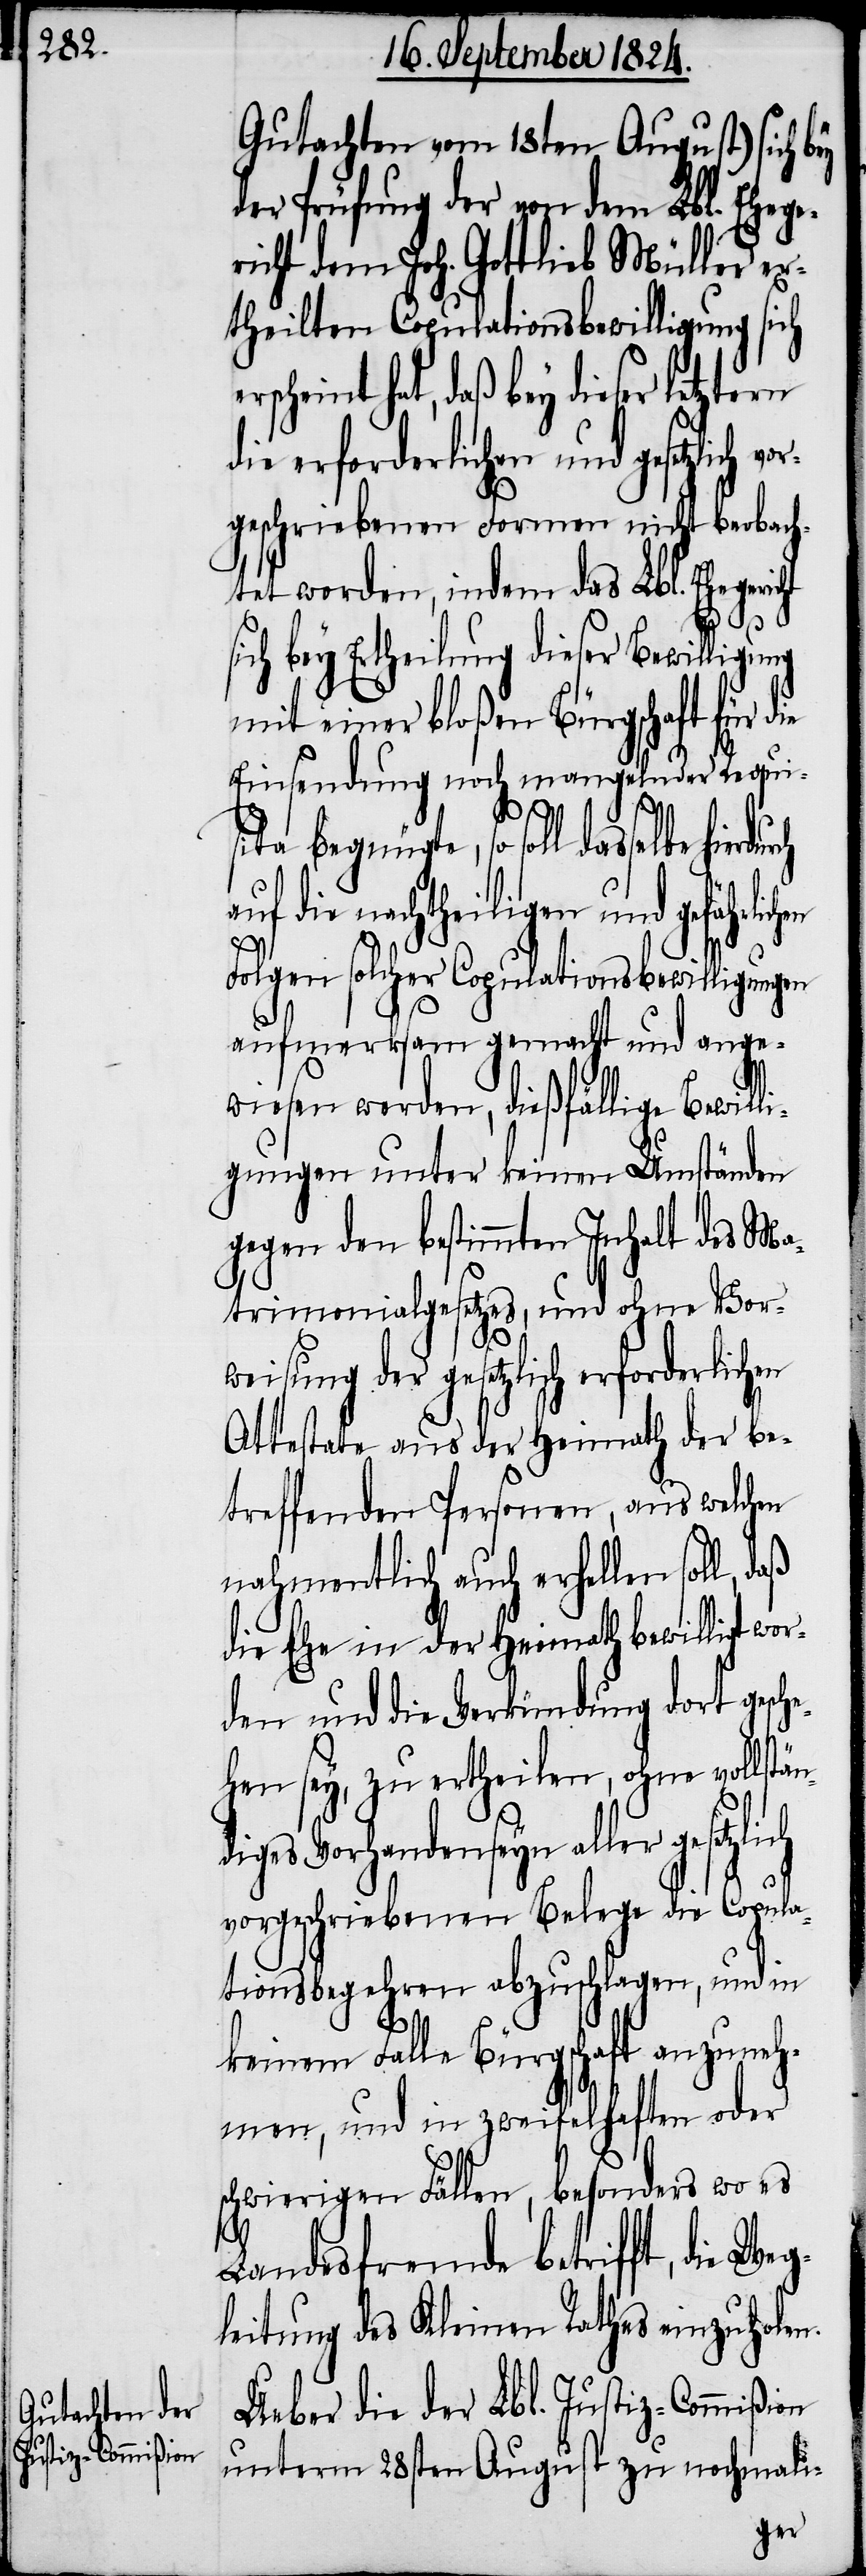
Gutachten vom 18ten August) sich
der Prüfung der von dem Lbl. Ehe¬
icht dem Joh. Gottlieb Müller er¬
theilten Copulationsbewilligung sich
cheint hat, daß bey dieser letztern
die erforderlichen und gesetzlich
geschriebenen Formen nicht beobach¬
tet werden, indem das Lbl. Ehegeric¬
s¬
ich bey Ertheilung dieser Bewilligung
mit einer bloßen Bürgschaft für
Einsendung noch mangelnder Requis¬
ita begnügte, so soll dasselbe
auf die nachtheiligen und gefährlichen
Folgen solcher Copulationsbewilligungen
aufmerksam gemacht und ange¬
wiesen werden, dießfällige Bewill¬
igungen unter keinen Umständen
gegen den bestimmten Inhalt des Ma¬
trimonialgesetzes, und ohne Vor¬
weisung der gesetzlich erforderli¬
Attestate aus der Heimath der be¬
treffenden Personen, aus welchen
nahmentlich auch erhellen soll, daß
die Ehe in der Heimath bewilligt
den und die Verkündung dort gesch¬
ehen sey, zu ertheilen, ohne vollstän¬
diges Vorhandenseyn aller gesetzl¬
vorgeschriebenen Belege die Copula¬
tionsbegehren abzuschlagen, und in
keinem Falle Bürgschaft anzuneh¬
men, und in zweifelhaften oder
schwierigen Fällen, besonders wo es
ich
Landesfremde betrifft, die Weg¬
leitung des Kleinen Rathes einzuholen.
Ueber die der Lbl. Justiz-Commißion
unterm 28sten August zu nochmali-
ger¬